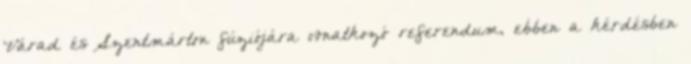
Várad és Szentmárton fúziójára vonatkozó referendum, ebben a kérdésben